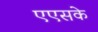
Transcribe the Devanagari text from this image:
एएसके